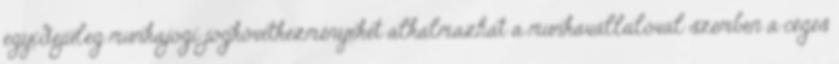
egyidejűleg munkajogi jogkövetkezményeket alkalmazhat a munkavállalóval szemben a céges